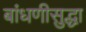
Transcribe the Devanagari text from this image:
बांधणीसुद्धा